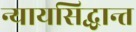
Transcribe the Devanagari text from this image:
न्यायसिद्धान्त